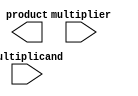
module ModifiedBoothMultiplier (
    input [15:0] multiplicand,
    input [15:0] multiplier,
    output reg [31:0] product
);

reg [31:0] partial_products [15:0];

// Booth Encoder
reg [15:0] encoded_multiplier;
always @(*) begin
    // Booth encoding logic here
end

// Partial Product Generator
integer i;
always @(*) begin
    for(i = 0; i < 16; i = i + 1) begin
        partial_products[i] = multiplicand * (multiplier[i] ? 1 : 0);
    end
end

// 2:1 Multiplexer
always @(*) begin
    case(encoded_multiplier)
        // Multiplexer logic here
    endcase
end

// Booth Array Multiplier
always @(*) begin
    // Booth array multiplication logic here
end

endmodule